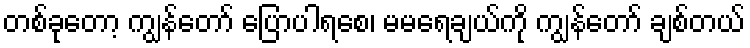
တစ်ခုတော့ ကျွန်တော် ပြောပါရစေ၊ မမရေချယ်ကို ကျွန်တော် ချစ်တယ်